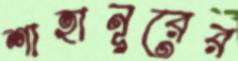
শাহানূরের